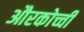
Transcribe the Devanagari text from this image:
औरकोच्ची